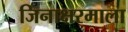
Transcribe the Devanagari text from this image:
जिनाक्षरमाला